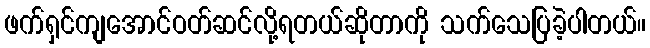
ဖက်ရှင်ကျအောင်ဝတ်ဆင်လို့ရတယ်ဆိုတာကို သက်သေပြခဲ့ပါတယ်။